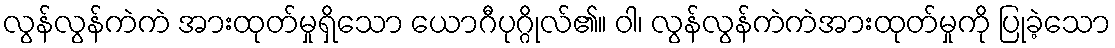
လွန်လွန်ကဲကဲ အားထုတ်မှုရှိသော ယောဂီပုဂ္ဂိုလ်၏။ ဝါ၊ လွန်လွန်ကဲကဲအားထုတ်မှုကို ပြုခဲ့သော